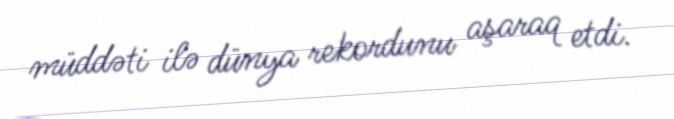
müddəti ilə dünya rekordunu aşaraq etdi.